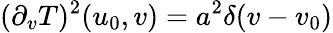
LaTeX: (\partial_{v}T)^{2}(u_{0},v)=a^{2}\delta(v-v_{0})